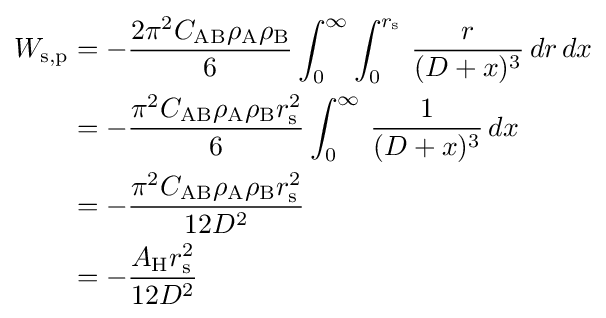
{\begin{aligned}W_{\mathrm {s,p} }&=-{\frac {2\pi ^{2}C_{\mathrm {AB} }\rho _{\mathrm {A} }\rho _{\mathrm {B} }}{6}}\int _{0}^{\infty }\int _{0}^{r_{\mathrm {s} }}\,{\frac {r}{(D+x)^{3}}}\,dr\,dx\\&=-{\frac {\pi ^{2}C_{\mathrm {AB} }\rho _{\mathrm {A} }\rho _{\mathrm {B} }r_{\mathrm {s} }^{2}}{6}}\int _{0}^{\infty }\,{\frac {1}{(D+x)^{3}}}\,dx\\&=-{\frac {\pi ^{2}C_{\mathrm {AB} }\rho _{\mathrm {A} }\rho _{\mathrm {B} }r_{\mathrm {s} }^{2}}{12D^{2}}}\\&=-{\frac {A_{\mathrm {H} }r_{\mathrm {s} }^{2}}{12D^{2}}}\end{aligned}}